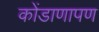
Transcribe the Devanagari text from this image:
कोंडाणापण